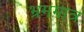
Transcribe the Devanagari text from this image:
भ्रममात्र